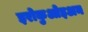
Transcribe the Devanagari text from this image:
इरोकुओइअन